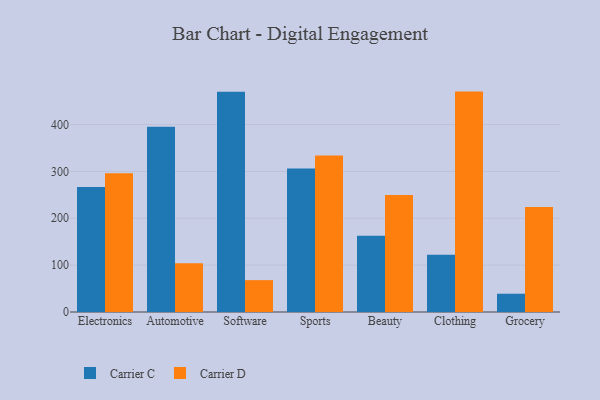
{"axis": {"x": "Category", "y": "Headcount"}, "legend": ["Carrier C", "Carrier D"], "data": [{"x": "Electronics", "y": 266.5, "type": "Carrier C"}, {"x": "Electronics", "y": 296.3, "type": "Carrier D"}, {"x": "Automotive", "y": 395.1, "type": "Carrier C"}, {"x": "Automotive", "y": 104.0, "type": "Carrier D"}, {"x": "Software", "y": 470.2, "type": "Carrier C"}, {"x": "Software", "y": 68.0, "type": "Carrier D"}, {"x": "Sports", "y": 306.2, "type": "Carrier C"}, {"x": "Sports", "y": 333.8, "type": "Carrier D"}, {"x": "Beauty", "y": 162.8, "type": "Carrier C"}, {"x": "Beauty", "y": 249.4, "type": "Carrier D"}, {"x": "Clothing", "y": 122.2, "type": "Carrier C"}, {"x": "Clothing", "y": 470.3, "type": "Carrier D"}, {"x": "Grocery", "y": 39.0, "type": "Carrier C"}, {"x": "Grocery", "y": 224.0, "type": "Carrier D"}]}